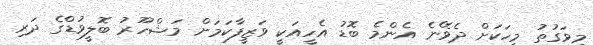
މިވަގުތު މީހަކަށް ދެވޭނެ އެންމެ ބޮޑު އެހީއަކީ ވަޒީފާކަމަށް މަޝްހޫރު ބޮލީވުޑްގެ ދަރި